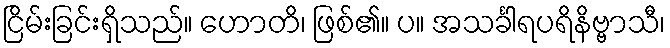
ငြိမ်းခြင်းရှိသည်။ ဟောတိ၊ ဖြစ်၏။ ပ။ အသင်္ခါရပရိနိဗ္ဗာသီ၊